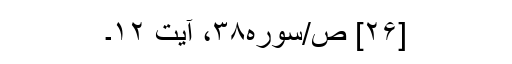
[۲۶] ص/سوره۳۸، آیت ۱۲۔